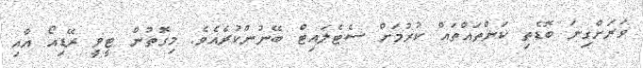
ވަރަށްގިނަ ބޮޑެތި ކަންތައްތައް ކުރުމަށް ސެޓެލައިޓް ބޭނުންކުރެއެވެ. މިގޮތުން ޓީވީ ރޭޑިއޯ އާއި